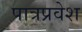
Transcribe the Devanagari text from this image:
पात्रप्रवेश